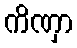
ကိဏှာ